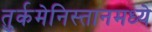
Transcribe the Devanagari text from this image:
तुर्कमेनिस्तानमध्ये